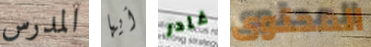
المدرس أيها غادر المحتوى